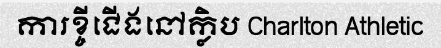
ការខ្ចីជើងនៅក្លិប Charlton Athletic